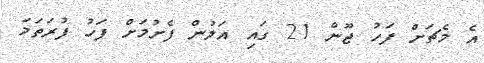
އެ މެޗަށް ފަހު ޖޫން 21 ގައި އަލުން ފެށުމަށް ފަހު ފުރަތަމަ